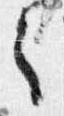
之